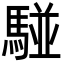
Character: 𩤀